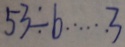
5 3 \div b \cdots 3